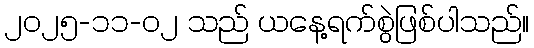
၂၀၂၅-၁၁-၀၂ သည် ယနေ့ရက်စွဲဖြစ်ပါသည်။